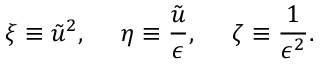
\xi \equiv \tilde { u } ^ { 2 } , \: \: \: \: \: \: \eta \equiv \frac { \tilde { u } } { \epsilon } , \: \: \: \: \: \: \zeta \equiv \frac { 1 } { \epsilon ^ { 2 } } .